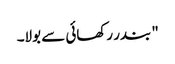
" بندر رکھائی سے بولا۔